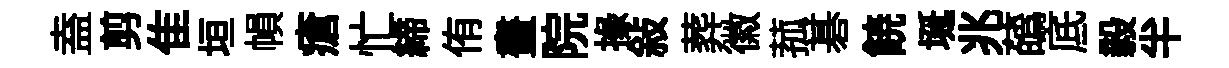
盍剪隹垣𢄙瘡忙締侑畫院掾敍葬徽菰碁𩜙埏兆蘤底毅半